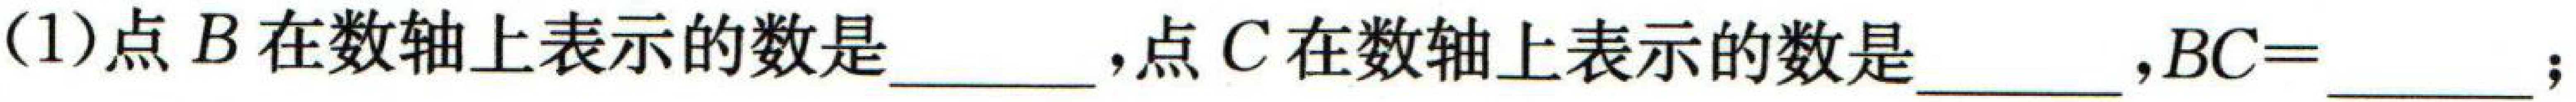
(1)点\(B\)在数轴上表示的数是\(\underline{\quad\quad}\)，点\(C\)在数轴上表示的数是\(\underline{\quad\quad}\)，\(BC = \underline{\quad\quad}\)；